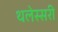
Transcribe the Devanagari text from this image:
थलेस्सरी